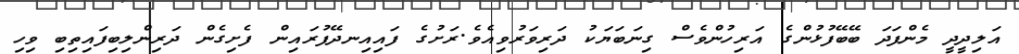
އަލިދީދީ މެންފަދަ ބޭބޭފުޅުންގެ އަރިހުންވެސް ގިނަބަޔަކު ދަރިވަރުވިއެވެ.ރަށުގެ ފައިއިނދޭފުރައިން ފެށިގެން ދަރިންލިބިފައިތިބި ވިހި